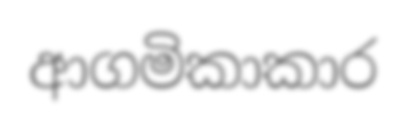
ආගමිකාකාර